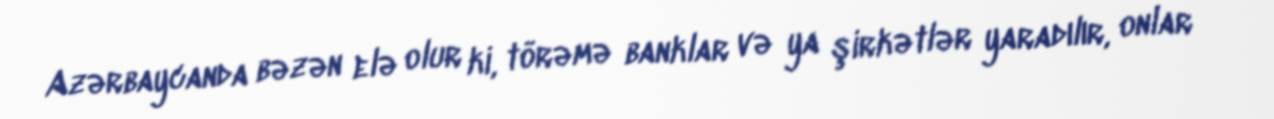
Azərbaycanda bəzən elə olur ki, törəmə banklar və ya şirkətlər yaradılır, onlar